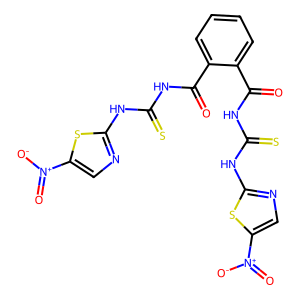
SMILES: O=C(NC(=S)Nc1ncc([N+](=O)[O-])s1)c1ccccc1C(=O)NC(=S)Nc1ncc([N+](=O)[O-])s1
Inhibits HIV replication: Yes